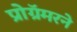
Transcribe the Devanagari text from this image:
प्रोग्रॅमरने